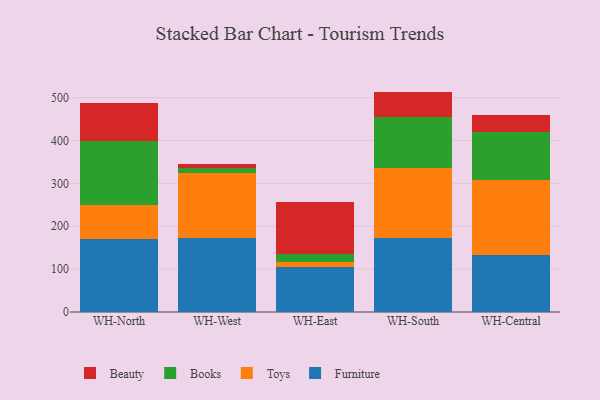
{"axis": {"x": "Warehouse", "y": "Waste Production (Tons)"}, "legend": ["Beauty", "Books", "Furniture", "Toys"], "data": [{"x": "WH-North", "y": 170.9, "type": "Furniture"}, {"x": "WH-North", "y": 77.8, "type": "Toys"}, {"x": "WH-North", "y": 149.4, "type": "Books"}, {"x": "WH-North", "y": 89.8, "type": "Beauty"}, {"x": "WH-West", "y": 172.1, "type": "Furniture"}, {"x": "WH-West", "y": 151.2, "type": "Toys"}, {"x": "WH-West", "y": 12.4, "type": "Books"}, {"x": "WH-West", "y": 9.3, "type": "Beauty"}, {"x": "WH-East", "y": 104.5, "type": "Furniture"}, {"x": "WH-East", "y": 13.3, "type": "Toys"}, {"x": "WH-East", "y": 16.9, "type": "Books"}, {"x": "WH-East", "y": 121.1, "type": "Beauty"}, {"x": "WH-South", "y": 172.9, "type": "Furniture"}, {"x": "WH-South", "y": 162.7, "type": "Toys"}, {"x": "WH-South", "y": 120.0, "type": "Books"}, {"x": "WH-South", "y": 58.6, "type": "Beauty"}, {"x": "WH-Central", "y": 131.9, "type": "Furniture"}, {"x": "WH-Central", "y": 176.1, "type": "Toys"}, {"x": "WH-Central", "y": 111.3, "type": "Books"}, {"x": "WH-Central", "y": 39.7, "type": "Beauty"}]}